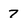
Character: 7